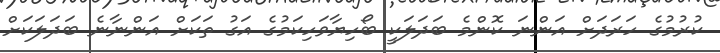
ކުރުމުގެ ހަރަދަށް އަންނަ ކޮންމެ ބަދަލަކީ ބޯހިޔާވަހިކަމުގެ އަގު ތަކަށް އަންނާނެ ބަދަލަކަށް